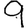
Digit: 9